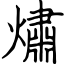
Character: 熽